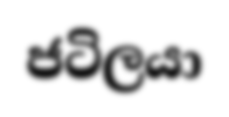
ජටිලයා